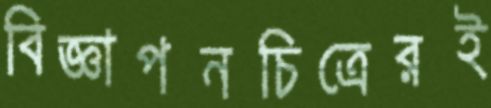
বিজ্ঞাপনচিত্রেরই